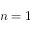
n = 1